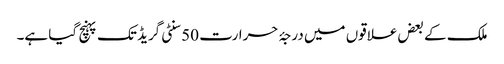
ملک کے بعض علاقوں میں درجۂ حرارت 50 سنٹی گریڈ تک پہنچ گیا ہے۔